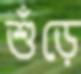
শুঁড়ে